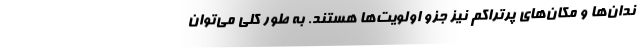
ندان‌ها و مکان‌های پرتراکم نیز جزو اولویت‌ها هستند. به طور کلی می‌توان